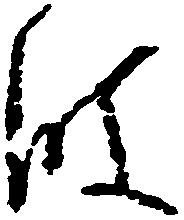
波